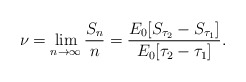
\begin{align*} \nu=\lim_{n\to\infty}\frac{S_n}{n}=\frac{E_0[S_{\tau_2}-S_{\tau_1}]}{E_0[\tau_2-\tau_1]}. \end{align*}